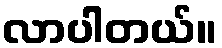
လာပါတယ်။